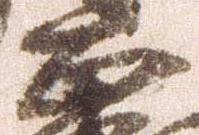
正